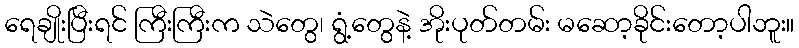
ရေချိုးပြီးရင် ကြီးကြီးက သဲတွေ၊ ရွံ့တွေနဲ့ အိုးပုတ်တမ်း မဆော့ခိုင်းတော့ပါဘူး။